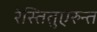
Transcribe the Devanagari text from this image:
रेस्तितुएरुन्त